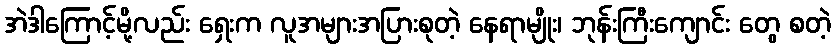
အဲဒါကြောင့်မို့လည်း ရှေးက လူအများအပြားစုတဲ့ နေရာမျိုး၊ ဘုန်းကြီးကျောင်း တွေ စတဲ့